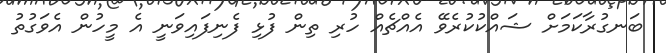
ބަނގުރާކަމަށް ޝައްކުކުރެވޭ އެއްޗެއް ހުރި ތިން ފުޅި ފެނިފައިވަނީ އެ މީހުން އެވަގުތު